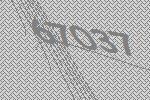
67037